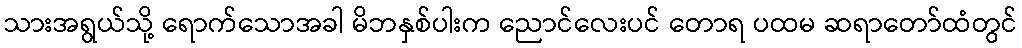
သားအရွယ်သို့ ရောက်သောအခါ မိဘနှစ်ပါးက ညောင်လေးပင် တောရ ပထမ ဆရာတော်ထံတွင်